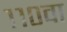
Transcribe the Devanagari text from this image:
११०वा